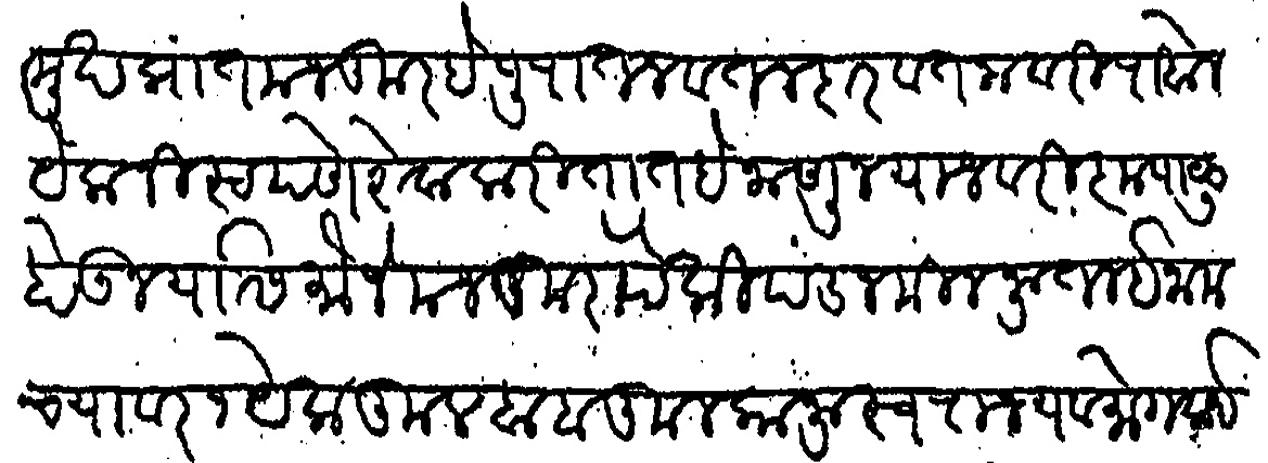
Transliteration (Devanagari): देशमुख प्रांत मजकूर हे पुरातन वतनदार वतनावरी राहोन येकनिस्टपणे सेवा करितात हे जाणुन याजवरी कृपाळु होऊन यास मौजे मजकुरा पैकी पडजमिन नूतन इनामच्यावर १ कुलबाब कुलकानू स्वराज्य व मोगलाई